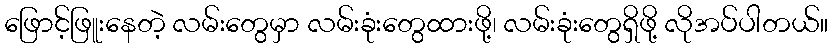
ဖြောင့်ဖြူးနေတဲ့ လမ်းတွေမှာ လမ်းခုံးတွေထားဖို့၊ လမ်းခုံးတွေရှိဖို့ လိုအပ်ပါတယ်။